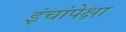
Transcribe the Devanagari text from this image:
इंचांपेक्षा